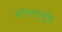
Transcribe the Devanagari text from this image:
आंतरराष्‍ट्रीय